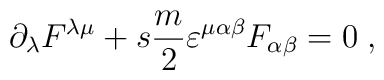
\partial_{\lambda}F^{\lambda\mu}+s\frac{m}{2}\varepsilon^{\mu\alpha\beta}F_{\alpha\beta}=0\;,